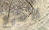
الأصبع